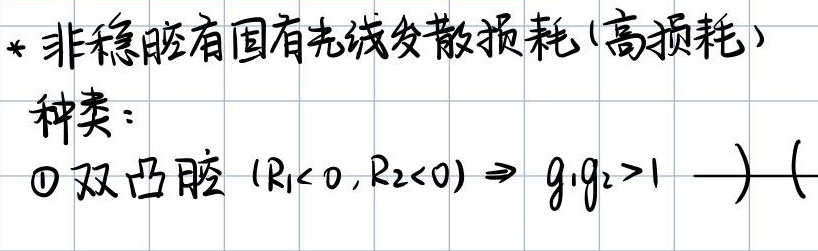
* 非稳腔有固有光线发散损耗(高损耗)
种类：
\textcircled{1} 双凸腔 \((R_{1}< 0,R_{2}<0)\Rightarrow g_{1}g_{2}>1\)  ) (